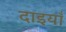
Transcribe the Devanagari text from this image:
दाइयाँ